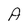
Character: A